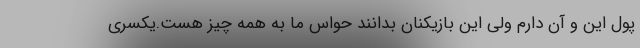
پول این و آن دارم ولی این بازیکنان بدانند حواس ما به همه چیز هست.یکسری